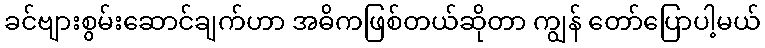
ခင်ဗျားစွမ်းဆောင်ချက်ဟာ အဓိကဖြစ်တယ်ဆိုတာ ကျွန် တော်ပြောပါ့မယ်